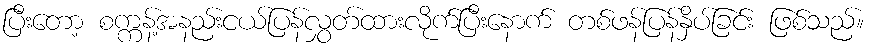
ပြီးတော့ စက္ကန့်အနည်းငယ်ပြန်လွှတ်ထားလိုက်ပြီးနောက် တစ်ဖန်ပြန်နှိပ်ခြင်း ဖြစ်သည်။